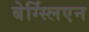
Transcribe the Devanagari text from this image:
बेर्ग्स्लिएन